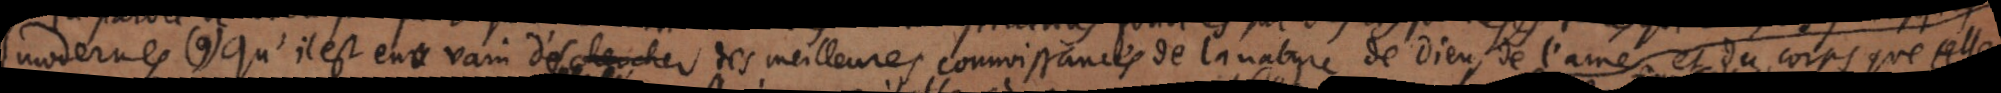
modernes (8) qu’il est en vain d’esperer des meilleuresconnoissances de la nature de Dieu, de l’ame et du corps que celles